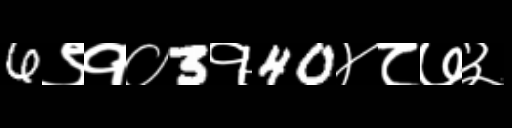
Text: 6९१०3१40४८७३